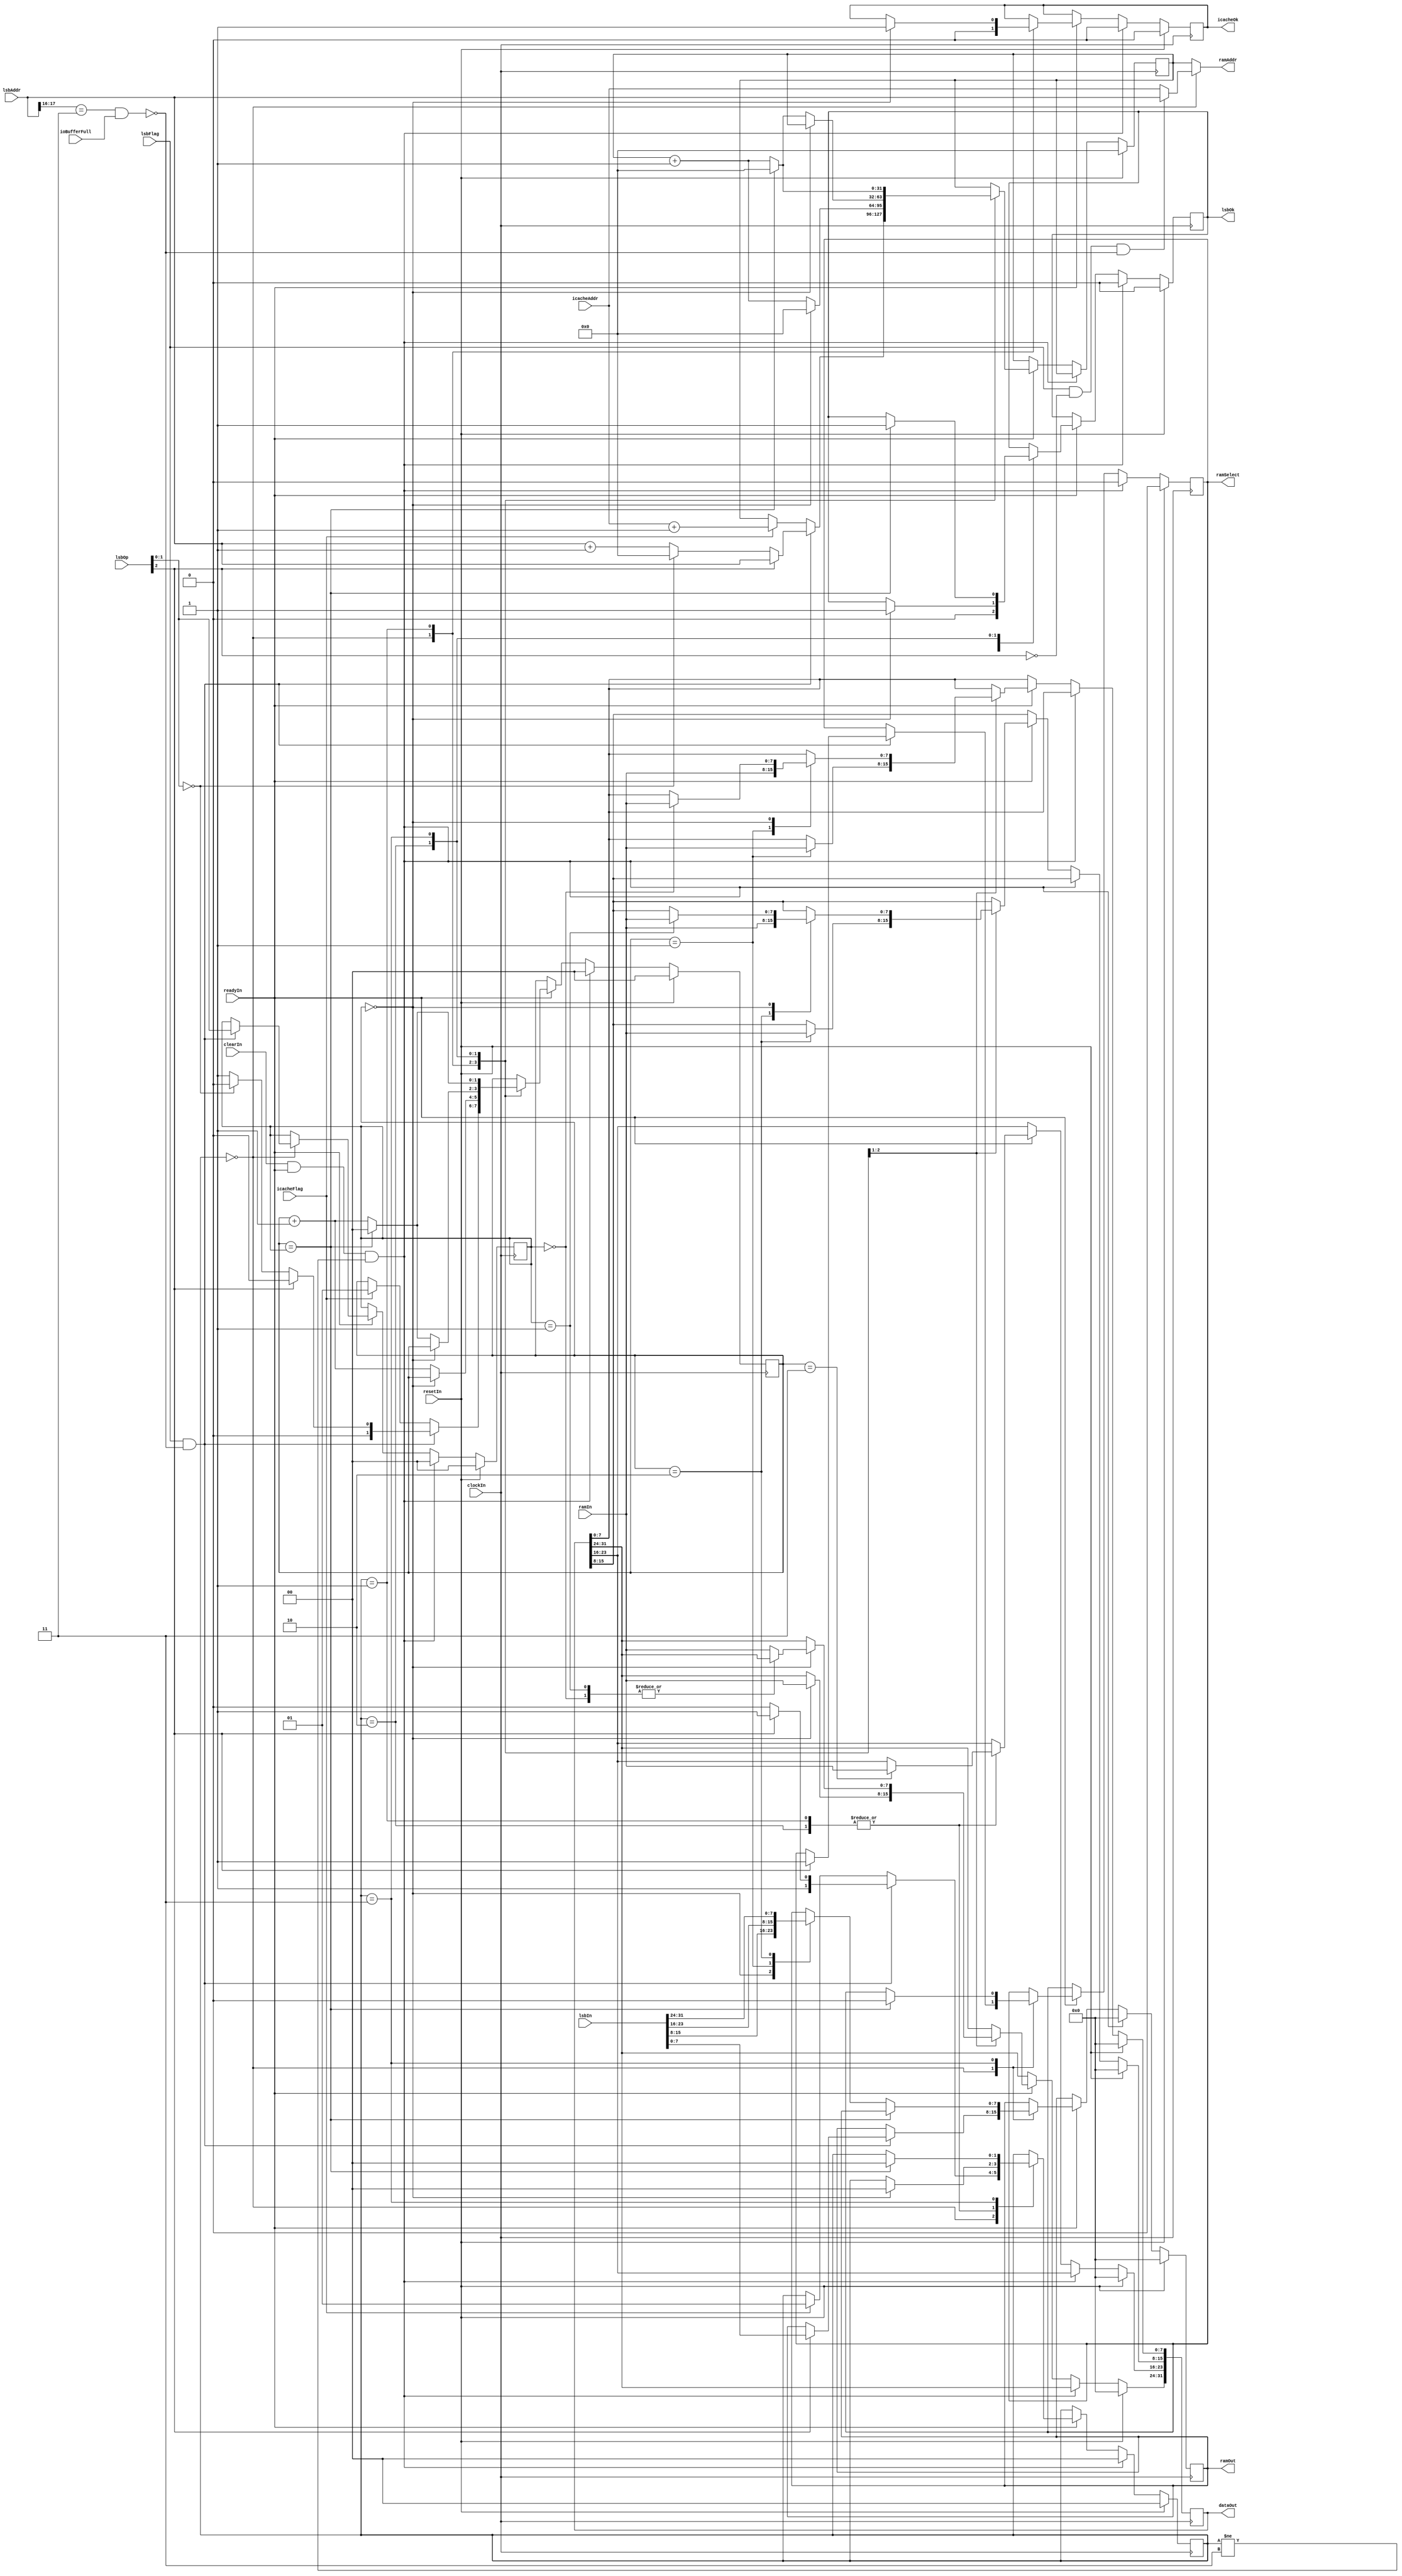
// Memory Controller
module MemoryController(
    input wire  clockIn,
    input wire  resetIn,
    input wire  readyIn,

    input wire  clearIn, // for wrong branch prediction
    output wire [31:0] dataOut,

    // icache
    input wire  icacheFlag,
    input wire  [31:0] icacheAddr,
    output wire icacheOk,

    // LSB
    input wire  lsbFlag,
    input wire  [2:0] lsbOp,
    input wire  [31:0] lsbAddr,
    input wire  [31:0] lsbIn,
    output wire lsbOk,

    // ram
    output wire ramSelect, // read:1, write:0
    output wire [31:0] ramAddr,
    output wire [7:0] ramOut,
    input wire  [7:0] ramIn,
    input wire  ioBufferFull
);

parameter IDLE = 2'b00;
parameter IFETCH = 2'b01;
parameter LOAD = 2'b10;
parameter STORE = 2'b11;

reg [1:0] state; // state for FSM 
reg [1:0] selector; // byte selector
reg [1:0] endPos; // 00 for byte, 01 for halfword, 11 for word
reg [31:0] buffer;
reg lsbOkReg;
reg icacheOkReg;
reg [7:0] ramOutReg;
reg ramSelectReg;
reg [31:0] ramAddrReg;
wire [1:0] selectorPlus = selector + 1'b1;
wire ioStall = lsbAddr[17:16] == 2'b11 & ioBufferFull;

assign dataOut = buffer;
assign lsbOk = lsbOkReg;
assign icacheOk = icacheOkReg;
assign ramSelect = ramSelectReg;
assign ramOut = ramOutReg;
assign ramAddr = state == IDLE ? 
                   lsbFlag & ~lsbOp[2] & ~ioStall? 
                     lsbAddr :
                     icacheAddr :
                 ramAddrReg;

`ifdef DEBUG
integer fileHandle;
initial begin
    fileHandle = $fopen("mem.txt");
end
`endif

always @(posedge clockIn) begin
    if (resetIn) begin
        state <= IDLE;
        selector <= 0;
        endPos <= 0;
        buffer <= 0;
        lsbOkReg <= 0;
        icacheOkReg <= 0;
        ramOutReg <= 0;
        ramSelectReg <= 0;
        ramAddrReg <= 0;
    end else if (clearIn & readyIn & (state != STORE)) begin
        state <= IDLE;
        selector <= 0;
        lsbOkReg <= 0;
        icacheOkReg <= 0;
        endPos <= 0;
        ramOutReg <= 0;
        ramSelectReg <= 0;
    end else if (readyIn) begin
        case (state)
        IDLE: begin
            lsbOkReg <= 0;
            icacheOkReg <= 0;
            if (lsbFlag & ~ioStall) begin // priorize lsb
                endPos <= lsbOp[1:0];
                if (lsbOp[2]) begin // STORE
                    state <= STORE;
                    selector <= 0;
                    ramOutReg <= lsbIn[7:0];
                    ramSelectReg <= 1;
                    ramAddrReg <= lsbAddr;
                end else begin // LOAD
                    state <= LOAD;
                    if (lsbOp[1:0] == 2'b00) begin
                        selector <= 0;
                        ramAddrReg <= 0;
                    end else begin
                        selector <= 1;
                        ramAddrReg <= lsbAddr + 1;
                    end
                end
            end else if (icacheFlag) begin
                state <= IFETCH;
                selector <= 1;
                ramAddrReg <= icacheAddr + 1;
            end
        end
        IFETCH: begin
            case (selector)
                2'b01: buffer[7:0] <= ramIn; 
                2'b10: buffer[15:8] <= ramIn;
                2'b11: buffer[23:16] <= ramIn;
                2'b00: buffer[31:24] <= ramIn;
            endcase
            if (selector == 2'b00) begin
                state <= IDLE;
                icacheOkReg <= 1;
                ramAddrReg <= 0;
            end else begin
                selector <= selectorPlus;
                ramAddrReg <= ramAddrReg + 1;
            end
        end
        LOAD: begin
            case (selector)
                2'b01: buffer[7:0] <= ramIn; 
                2'b10: buffer[15:8] <= ramIn;
                2'b11: buffer[23:16] <= ramIn;
                2'b00: begin
                    case (endPos)
                        2'b00: buffer[7:0] <= ramIn; // byte
                        2'b01: buffer[15:8] <= ramIn; // halfword
                        default: buffer[31:24] <= ramIn; // word
                    endcase
                end
            endcase
            if (selector == 2'b00) begin
                state <= IDLE;
                lsbOkReg <= 1;
            end else if (selector == endPos) begin
                selector <= 0;
                ramAddrReg <= 0;
            end else begin
                selector <= selectorPlus;
                ramAddrReg <= ramAddrReg + 1;
            end
        end
        STORE: begin
            `ifdef DEBUG
            $fdisplay(fileHandle, "mem %d <- %d", ramAddr, ramOut);
            `endif
            if (selector == endPos) begin
                selector <= 0;
                state <= IDLE;
                lsbOkReg <= 1;
                ramSelectReg <= 0;
                ramAddrReg <= 0;
            end else begin
                selector <= selectorPlus;
                ramAddrReg <= ramAddrReg + 1;
                case (selector)
                    2'b00: ramOutReg <= lsbIn[15:8];
                    2'b01: ramOutReg <= lsbIn[23:16];
                    2'b10: ramOutReg <= lsbIn[31:24];
                endcase
            end
        end
        endcase
    end
end

endmodule